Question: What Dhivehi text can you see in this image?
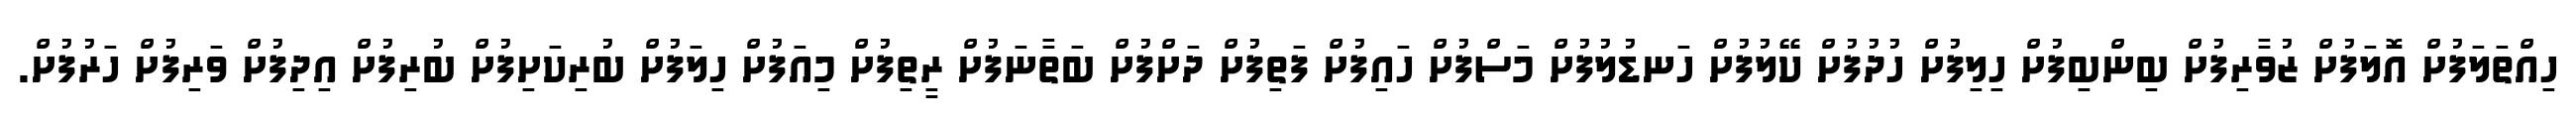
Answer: ހިއްތަލަފުށް އޮލަފުށް ޒުވާރިފުށް ބިންބިފުށް ހިލިފުށް ހުދުފުށް ކޭލުފުށް ހަނޑުލުފުށް މަސްފުށް ހައިފުށް ފަތިފުށް ދަށްފުށް ބަތާނަފުށް ރީތިފުށް މިއަފުށް ހިލަފުށް ބުރިކަށިފުށް ބުރިފުށް އިދިފުށް ވަރިފުށް ހަރުފުށް.